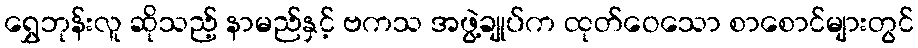
ရွှေဘုန်းလူ ဆိုသည့် နာမည်နှင့် ဗကသ အဖွဲ့ချုပ်က ထုတ်ဝေသော စာစောင်များတွင်